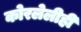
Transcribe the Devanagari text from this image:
कोरलेलीही